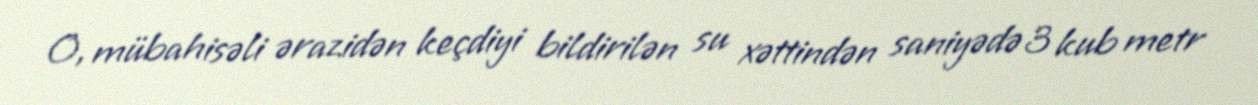
O, mübahisəli ərazidən keçdiyi bildirilən su xəttindən saniyədə 3 kub metr